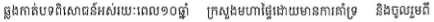
ឆ្លងកាត់បទពិសោធន៏អស់រយៈពេល១០ឆ្នាំ ក្រសួងមហាផ្ទៃដោយមានការគាំទ្រ និងចូលរួមពី